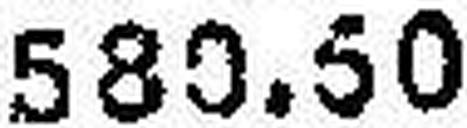
580.50